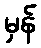
မှန်